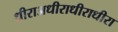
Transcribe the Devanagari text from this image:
धीराअधीराधीराधीरा